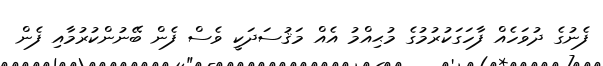
ފެނުގެ ދުވަހެއް ފާހަގަކުރުމުގެ މުޙިއްމު އެއް މަޤުސަދަކީ ވެސް ފެން ބޭނުންކުރުމާއި ފެން